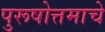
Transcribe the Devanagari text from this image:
पुरूषोत्तमाचे